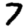
Digit: 7